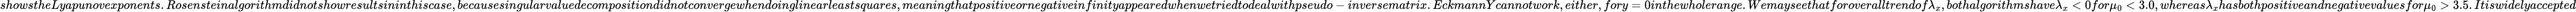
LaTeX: showstheLyapunovexponents.Rosensteinalgorithmdidnotshowresultsininthiscase,becausesingularvaluedecompositiondidnotconvergewhendoinglinearleastsquares,meaningthatpositiveornegativeinfinityappearedwhenwetriedtodealwithpseudo-inversematrix.EckmannYcannotwork,either,fory=0inthewholerange.Wemayseethatforoveralltrendof\lambda_{x},bothalgorithmshave\lambda_{x}<0for\mu_{0}<3.0,whereas\lambda_{x}hasbothpositiveandnegativevaluesfor\mu_{0}>3.5.Itiswidelyaccepted